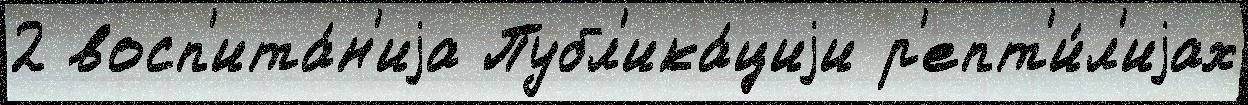
2 восп'ита́н'иjа Публ'ика́циjи р'епт'и́л'иjах